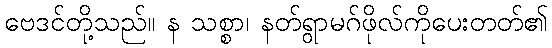
ဗေဒင်တို့သည်။ န သစ္စာ၊ နတ်ရွာမဂ်ဖိုလ်ကိုပေးတတ်၏